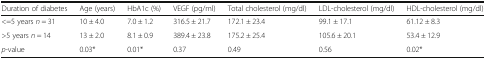
<table><thead><tr><td><b>Duration of diabetes</b></td><td><b>Age (years)</b></td><td><b>HbA1c (%)</b></td><td><b>VEGF (pg/ml)</b></td><td><b>Total cholesterol (mg/dl)</b></td><td><b>LDL-cholesterol (mg/dl)</b></td><td><b>HDL-cholesterol (mg/dl)</b></td></tr></thead><tbody><tr><td>&lt;=5 years <i>n</i> = 31</td><td>10 ± 4.0</td><td>7.0 ± 1.2</td><td>316.5 ± 21.7</td><td>172.1 ± 23.4</td><td>99.1 ± 17.1</td><td>61.12 ± 8.3</td></tr><tr><td>&gt;5 years <i>n</i> = 14</td><td>13 ± 2.0</td><td>8.1 ± 0.9</td><td>389.4 ± 23.8</td><td>175.2 ± 25.4</td><td>105.6 ± 20.1</td><td>53.4 ± 12.9</td></tr><tr><td><i>p</i>-value</td><td>0.03*</td><td>0.01*</td><td>0.37</td><td>0.49</td><td>0.56</td><td>0.02*</td></tr></tbody></table>